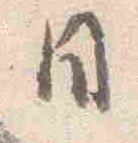
日